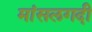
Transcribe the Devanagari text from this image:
मांसलगदी